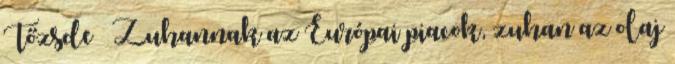
Tőzsde – Zuhannak az Európai piacok, zuhan az olaj